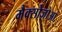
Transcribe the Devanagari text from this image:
मैक्सोज़ोआ